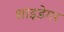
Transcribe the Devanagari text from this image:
शाइडेगर